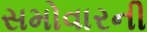
સમોવારની